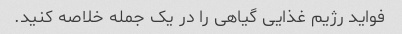
فواید رژیم غذایی گیاهی را در یک جمله خلاصه کنید.